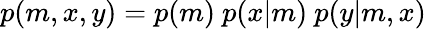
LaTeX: p(m,x,y)=p(m)~p(x|m)~p(y|m,x)